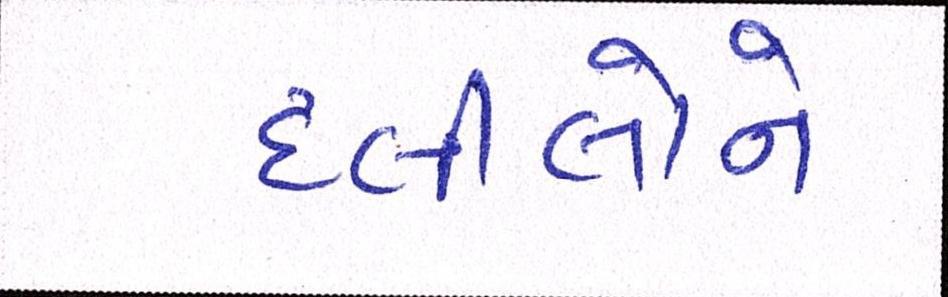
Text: દલીલોને